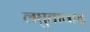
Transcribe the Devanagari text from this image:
लघुतावाद